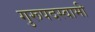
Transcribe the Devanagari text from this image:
गुरूपदस्वामी